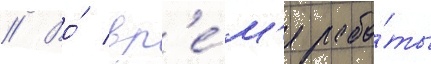
// Во́ вр'е́м'я рабо́ты